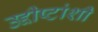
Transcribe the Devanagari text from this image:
उद्दीष्टांशी